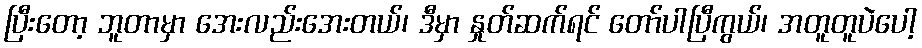
ပြီးတော့ ဘူတာမှာ အေးလည်းအေးတယ်၊ ဒီမှာ နှုတ်ဆက်ရင် တော်ပါပြီကွယ်၊ အတူတူပဲပေါ့